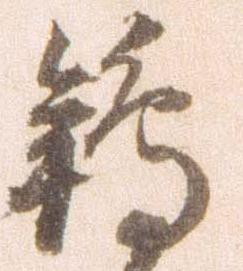
鴇